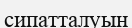
сипатталуын